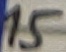
Text: 15